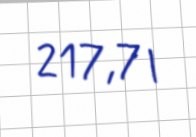
217,7 l